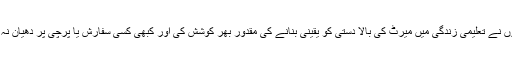
انھوں نے تعلیمی زندگی میں میرٹ کی بالا دستی کو یقینی بنانے کی مقدور بھر کوشش کی اور کبھی کسی سفارش یا پرچی پر دھیان نہ دیا۔